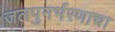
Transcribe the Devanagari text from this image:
जलपुनर्भरणाचा